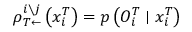
\rho _ { T \leftarrow } ^ { i \setminus j } \left( x _ { i } ^ { T } \right) = p \left( O _ { i } ^ { T } \mid x _ { i } ^ { T } \right)